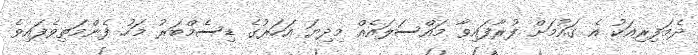
ދެމަފިރިއަކު އެ ގައުމަށް ފުރާފައިވާ މައްސަލައެއް މިދިޔަ އަހަރުގެ ޑިސެމްބަރު މަހު ފެންމަތިވެފައިވެ